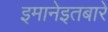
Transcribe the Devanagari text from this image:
इमानेइतबारे